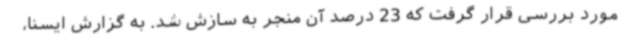
مورد بررسی قرار گرفت که 23 درصد آن منجر به سازش شد. به گزارش ایسنا،